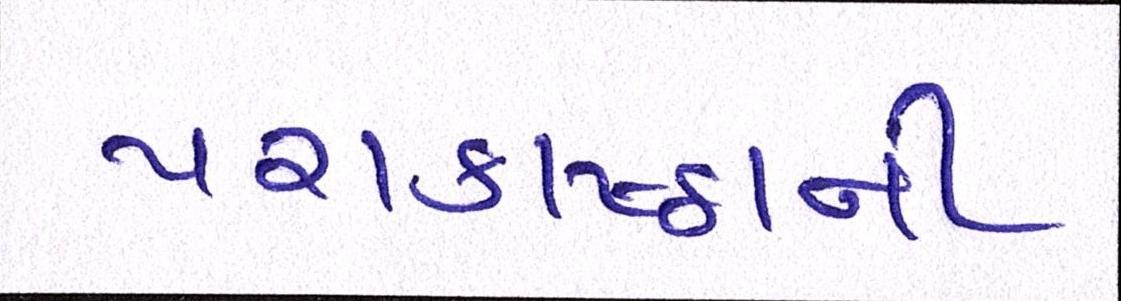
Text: પરાકાષ્ઠાની